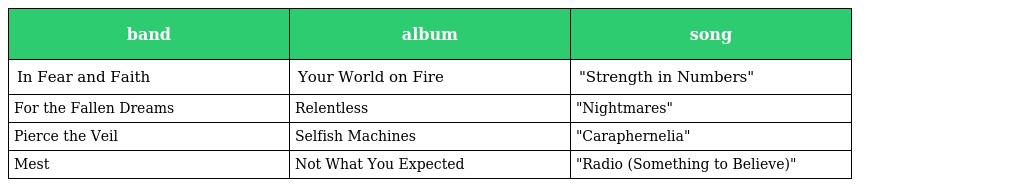
| band | album | song |
 | --- | --- | --- |
 | In Fear and Faith | Your World on Fire | "Strength in Numbers" |
 | For the Fallen Dreams | Relentless | "Nightmares" |
 | Pierce the Veil | Selfish Machines | "Caraphernelia" |
 | Mest | Not What You Expected | "Radio (Something to Believe)" |